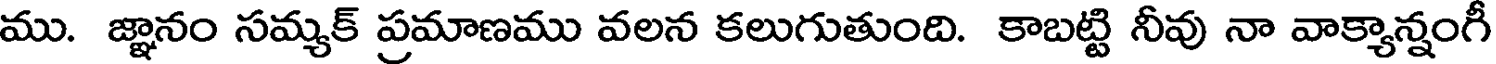
ము. జ్ఞానం సమ్యక్ ప్రమాణము వలన కలుగుతుంది. కాబట్టి నీవు నా వాక్యాన్నంగీ